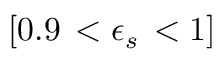
[ 0 . 9 \, < \epsilon _ { s } \, < 1 ]